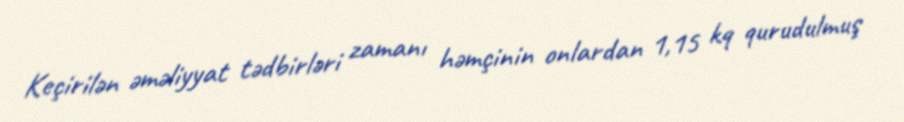
Keçirilən əməliyyat tədbirləri zamanı həmçinin onlardan 1,15 kq qurudulmuş